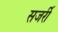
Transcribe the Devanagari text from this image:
सजर्री